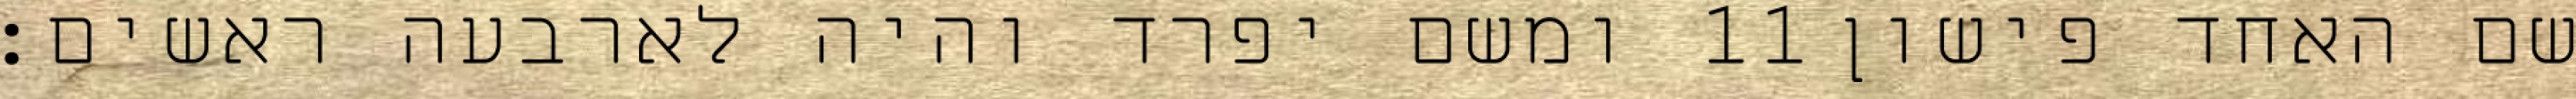
ומשם יפרד והיה לארבעה ראשים׃ ‎11‏ שם האחד פישון